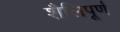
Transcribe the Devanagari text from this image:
शैलिपूर्ण